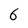
Character: 6